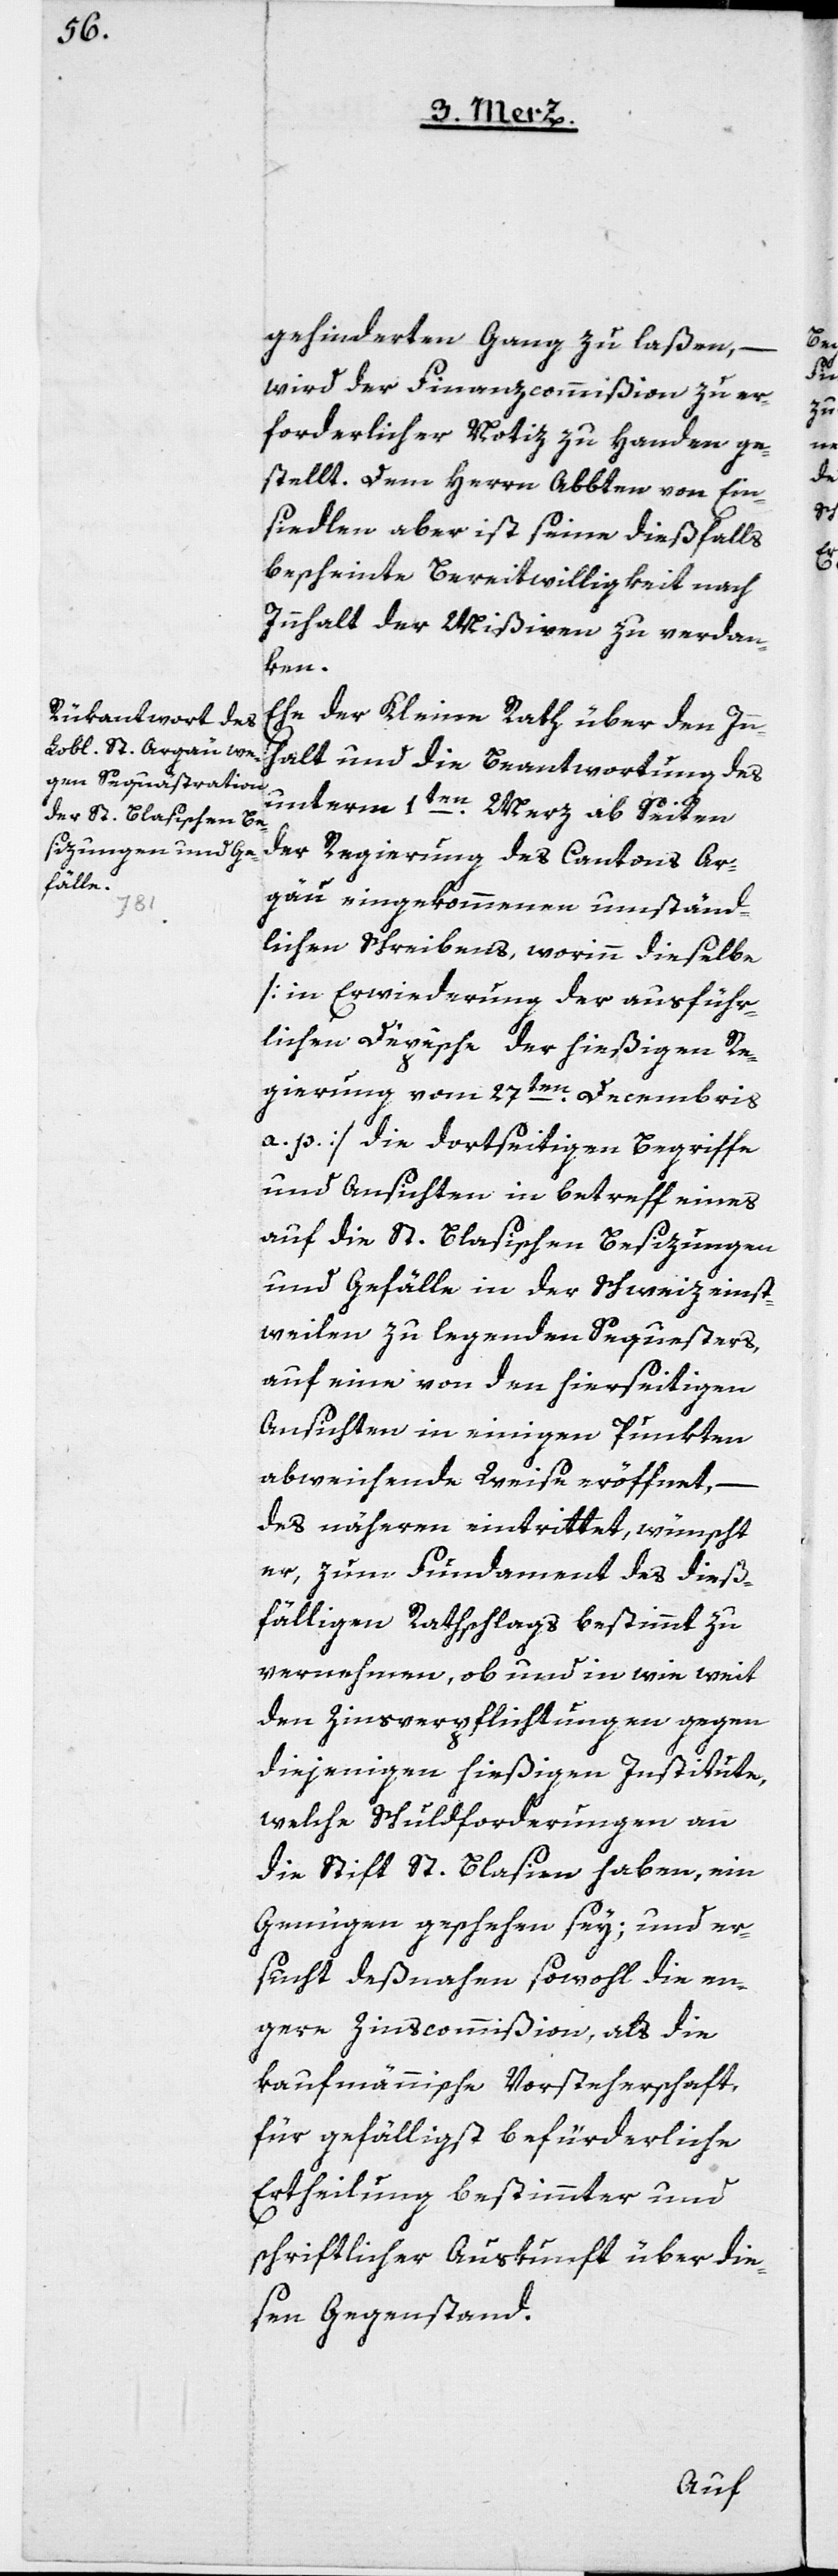
gehinderten Gang zu laßen, –
wird der Finanzcommißion zu er¬
forderlicher Notiz zu Handen ge¬
stellt. Dem Herrn Abbten von Ein¬
siedlen aber ist seine dießfalls
bescheinte Bereitwilligkeit nach
Innhalt der Mißiven zu verdan¬
ken.
Ehe der Kleine Rath über den Inn¬
halt und die Beantwortung des
unterm 1ten Merz ab Seiten
der Regierung des Cantons Ar¬
gäu eingekommenen umständ¬
lichen Schreibens, worinn dieselbe
[in Erwiderung der ausführ¬
lichen Depesche der hießigen Re¬
gierung vom 27ten Decembris
a. p.] die dortseitigen Begriffe
und Ansichten in betreff eines
auf die St. Blasischen Besizungen
und Gefälle in der Schweiz einst¬
weilen zu legenden Sequesters,
auf eine von den hierseitigen
Ansichten in einigen Punkten
abweichende Weise eröffnet,
des näheren eintrittet, wünscht
er, zum Fundament des dieß¬
fälligen Rathschlags bestimmt zu
vernehmen, ob und in wie weit
den Zinsverpflichtungen gegen
diejenigen hießigen Institute,
welche Schuldforderungen an
die Stift St. Blasien haben, ein
Genügen geschehen sey; und er¬
sucht deßnahen sowohl die en¬
gere Zinscommißion, als die
kaufmännische Vorsteherschaft,
für gefälligst befürderliche
Ertheilung bestimmter und
schriftlicher Auskunft über die¬
sen Gegenstand.